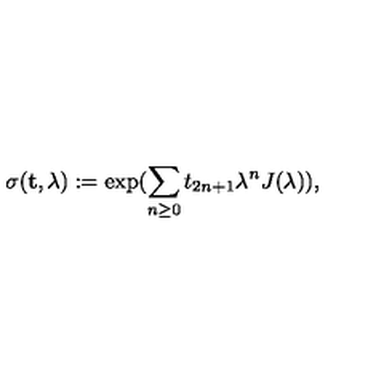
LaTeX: \sigma ( { \bf t } , \lambda ) : = \exp ( \sum _ { n \geq 0 } t _ { 2 n + 1 } \lambda ^ { n } J ( \lambda ) ) ,